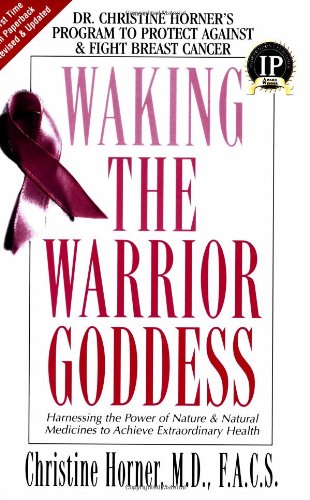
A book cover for Waking the Warrior Goddess: Dr. Christine Horner's Program to Protect Against and Fight Breast Cancer; Christine Horner; Health, Fitness & Dieting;